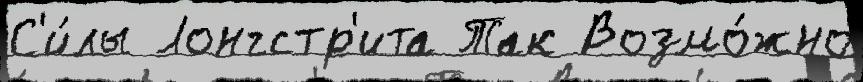
С'и́лы Лонгстр'ита Так Возмо́жно